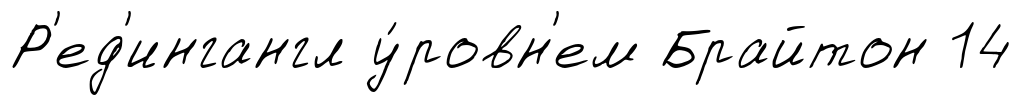
Р'ед'ингангл у́ровн'ем Брайтон 14